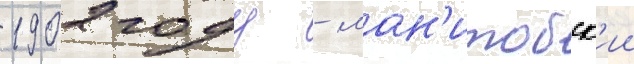
1902 году - ман'итобск'ии